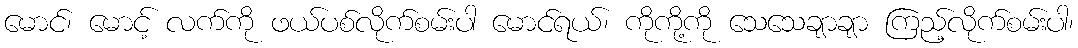
မောင်၊ မောင့် လက်ကို ဖယ်ပစ်လိုက်စမ်းပါ မောင်ရယ်၊ ကိုကို့ကို သေသေချာချာ ကြည့်လိုက်စမ်းပါ၊